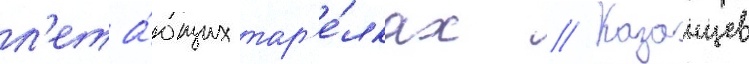
л'ета́ющих тар'е́лках // Казанцев